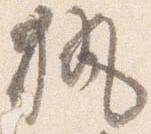
執